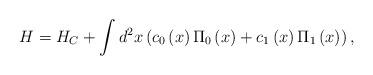
LaTeX: \begin{align*}H = H_C + \int {d^2 } x\left( {c_0 \left( x \right)\Pi _0 \left(x \right) + c_1 \left( x \right)\Pi _1 \left( x \right)} \right) ,\end{align*}